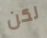
لكن